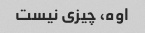
اوه، چیزی نیست